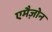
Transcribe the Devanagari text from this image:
एमैज़ोन